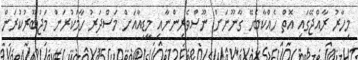
މިހާރު ރާއްޖޭގައި އޮތް ހެއްކާބެހޭ ގާނޫނަށް ނޫސްވެރިންނާއި މީޑިއާއަށް މަސްދަރު ހާމަކުރަން މަޖުބޫރުކުރަން